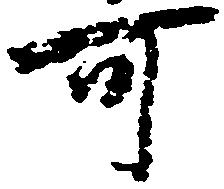
可